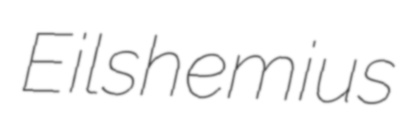
Eilshemius